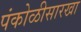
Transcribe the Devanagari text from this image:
पंकोळीसारखा